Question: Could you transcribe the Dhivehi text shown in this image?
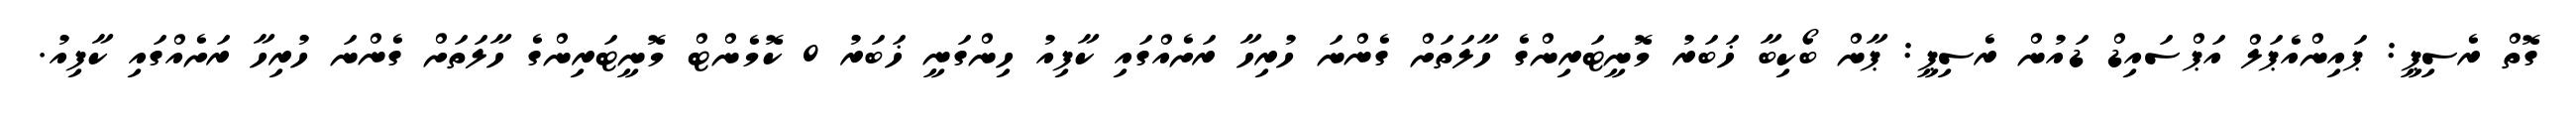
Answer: ގޮތް ރެސިޕީ: ޕައިންއެޕަލް އަޕްސައިޑް ޑައުން ރެސިޕީ: ޕާން ބޯކިބާ ޚަބަރު މޮނީޓަރިންގެ ހާލަތަށް ގެންނަ ހުރިހާ ރަށެއްގައި ކާފިއު ހިންގަނީ ޚަބަރު 0 ކޮމެންޓް މޮނީޓަރިންގެ ހާލަތަށް ގެންނަ ހުރިހާ ރަށެއްގައި ކާފިއު.